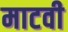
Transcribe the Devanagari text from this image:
माटवी